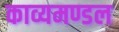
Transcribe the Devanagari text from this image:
काव्यमण्डल